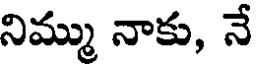
నిమ్ము నాకు, నే